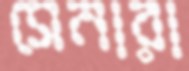
সেনারা